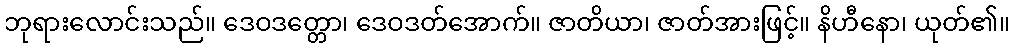
ဘုရားလောင်းသည်။ ဒေဝဒတ္တော၊ ဒေဝဒတ်အောက်။ ဇာတိယာ၊ ဇာတ်အားဖြင့်။ နိဟီနော၊ ယုတ်၏။